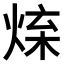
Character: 𤉬